Indian journal of veterinary science and animal husbandry - Volumes 22-23, 1952-1953
Year: 1952
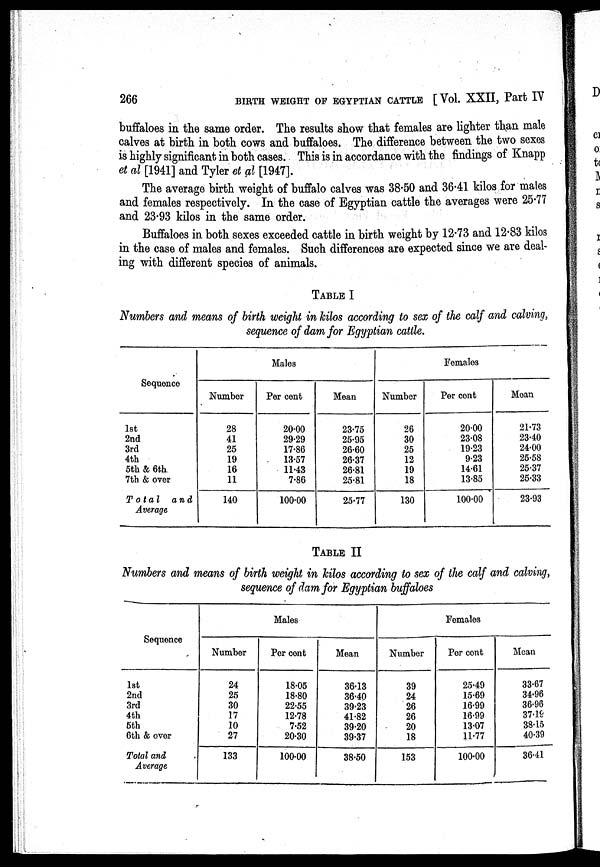
266 BIRTH WEIGHT OF EGYPTIAN CATTLE [Vol. XXII, Part IV
buffaloes in the same order. The results show that females are lighter than male
calves at birth in both cows and buffaloes. The difference between the two sexes
is highly significant in both cases. This is in accordance with the findings of Knapp
et al [1941] and Tyler et al [1947].
The average birth weight of buffalo calves was 38.50 and 36.41 kilos for males
and females respectively. In the case of Egyptian cattle the averages were 25.77
and 23.93 kilos in the same order.
Buffaloes in both sexes exceeded cattle in birth weight by 12.73 and 12.83 kilos
in the case of males and females. Such differences are expected since we are deal-
ing with different species of animals.
TABLE I
Numbers and means of birth weight in kilos according to sex of the calf and calving,
sequence of dam for Egyptian cattle.
Sequence
1st
2nd
3rd
4th
5th & 6th
7th & over
Total
and
Average
Number
28
41
25
19
16
11
140
Males
Per cent
20.00
29.29
17.86
13.57
11.43
7.86
100.00
Mean
23.75
25.95
26.60
26.37
26.81
25.81
25.77
Number
26
30
25
12
19
18
130
Females
Per cent
20.00
23.08
19.23
9.23
14.61
13.85
100.00
Moan
21.73
23.40
24.00
25.58
25.37
25.33
23.93
TABLE II
Numbers and means of birth weight in kilos according to sex of the calf and calving,
sequence of dam for Egyptian buffaloes
Sequence
1st
2nd
3rd
4th
5th
6th & over
Total and
Average
Number
24
25
30
17
10
21
133
Males
Per cent
18.05
18.80
22.55
12.78
7.52
20.30
100.00
Mean
36.13
36.40
39.23
41.82
39.20
39.37
38.50
Number
39
24
26
26
20
18
153
Females
Per cent
25.49
15.69
16.99
16.99
13.07
11.77
100.00
Moan
33.67
34.96
36.96
37.16
38.15
40.39
36.41